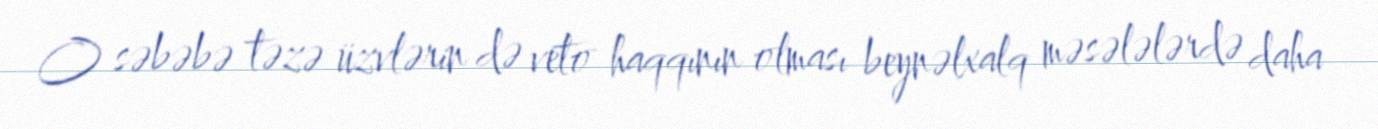
O səbəbə təzə üzvlərin də veto haqqının olması beynəlxalq məsələlərdə daha